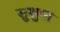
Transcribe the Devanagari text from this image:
सुश्रुषा